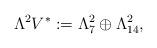
LaTeX: \begin{align*}\Lambda^2 V^* := \Lambda^2_7 \oplus \Lambda^2_{14},\end{align*}